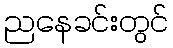
ညနေခင်းတွင်